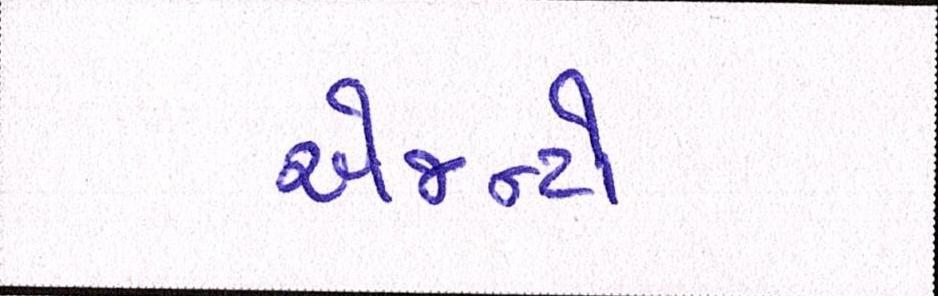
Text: એજન્ટો